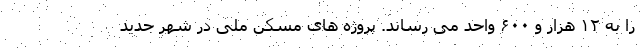
را به ۱۲ هزار و ۶۰۰ واحد می رساند. پروژه های مسکن ملی در شهر جدید